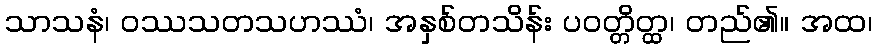
သာသနံ၊ ဝဿသတသဟဿံ၊ အနှစ်တသိန်း ပဝတ္တိတ္ထ၊ တည်၏။ အထ၊